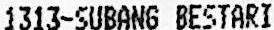
1313-SUBANG BESTARI